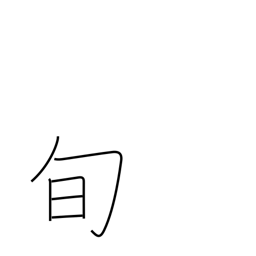
Meaning: season (for specific products)